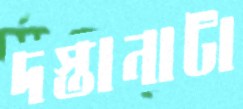
দস্তানাটা